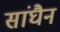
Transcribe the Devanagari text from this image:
सांघैन